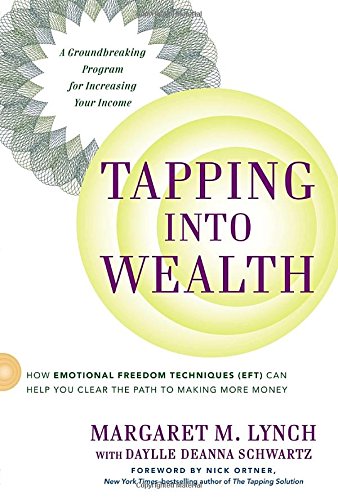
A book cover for Tapping Into Wealth: How Emotional Freedom Techniques (EFT) Can Help You Clear the Path to Making Mor e Money; Margaret M. Lynch; Business & Money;